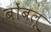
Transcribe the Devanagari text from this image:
बोंबलू